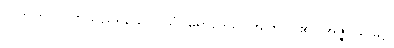
လက်ကိုင်လတ်သည်ရှိသော်။ ယံပရောဒေသိ၊ အကြင်ငို၏။ အဇ္ဇ၊ ယခု၌။